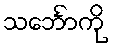
သင်္ဘောကို